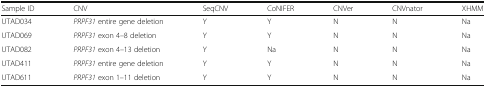
| Sample ID | CNV | SeqCNV | CoNIFER | CNVer | CNVnator | XHMM |
 | --- | --- | --- | --- | --- | --- | --- |
 | UTAD034 | PRPF31 entire gene deletion | Y | Y | N | N | Na |
 | UTAD069 | PRPF31 exon 4–8 deletion | Y | Y | N | N | Na |
 | UTAD082 | PRPF31 exon 4–13 deletion | Y | Na | N | N | Na |
 | UTAD411 | PRPF31 entire gene deletion | Y | Y | N | N | Na |
 | UTAD611 | PRPF31 exon 1–11 deletion | Y | Y | N | N | Na |